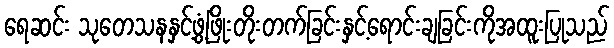
ရေဆင်း သုတေသနနှင့်ဖွံ့ဖြိုးတိုးတက်ခြင်းနှင့်ရောင်းချခြင်းကိုအထူးပြုသည်